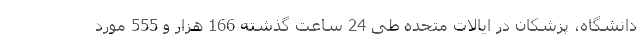
دانشگاه، پزشکان در ایالات متحده طی 24 ساعت گذشته 166 هزار و 555 مورد